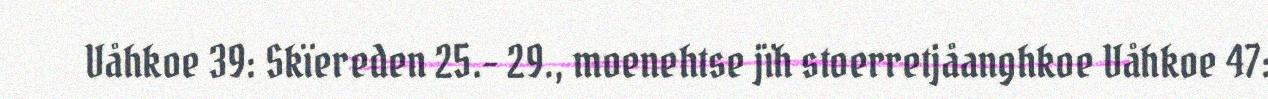
Våhkoe 39: Skïereden 25.- 29., moenehtse jïh stoerretjåanghkoe Våhkoe 47: